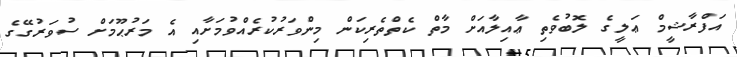
އަފްރާޝީމް ޢަލީގެ ލޮބުވެތި ޢާއިލާއަށް މާތް ކެތްތެރިކަން މިންވަރުކުރެއްވުމަށާއި އެ މަރުޙޫމަށް ސުވަރުގޭގެ